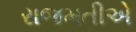
રાજમતીએ